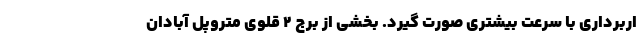
اربرداری با سرعت بیشتری صورت گیرد. بخشی از برج ۲ قلوی متروپل آبادان